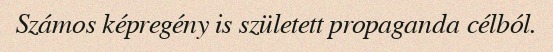
Számos képregény is született propaganda célból.